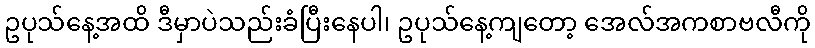
ဥပုသ်နေ့အထိ ဒီမှာပဲသည်းခံပြီးနေပါ၊ ဥပုသ်နေ့ကျတော့ အေလ်အကစာဗလီကို